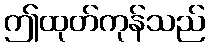
ဤထုတ်ကုန်သည်